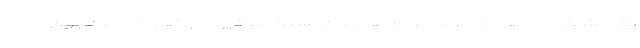
بعد نشان می دهد که اغلب مردم همچنان نسبت به کرونا بی تفاوت اند! هجوم